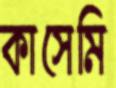
কাসেমি